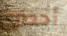
أحضري